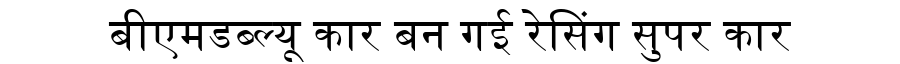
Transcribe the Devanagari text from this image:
बीएमडब्ल्यू कार बन गई रेसिंग सुपर कार